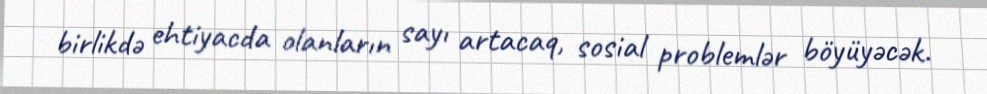
birlikdə ehtiyacda olanların sayı artacaq, sosial problemlər böyüyəcək.